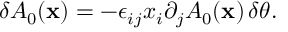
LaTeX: \delta A _ { 0 } ( { \bf x } ) = - \epsilon _ { i j } x _ { i } \partial _ { j } A _ { 0 } ( { \bf x } ) \, \delta \theta .